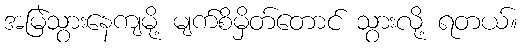
အမြဲသွားနေကျမို့ မျက်စိမှိတ်တောင် သွားလို့ ရတယ်။